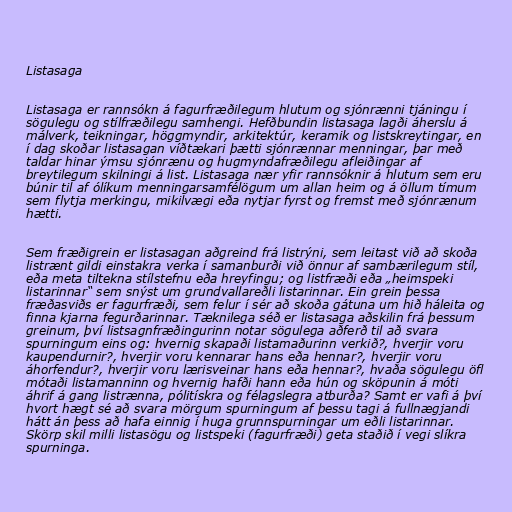
Listasaga

Listasaga er rannsókn á fagurfræðilegum hlutum og sjónrænni tjáningu í
sögulegu og stílfræðilegu samhengi. Hefðbundin listasaga lagði áherslu á
málverk, teikningar, höggmyndir, arkitektúr, keramik og listskreytingar, en
í dag skoðar listasagan víðtækari þætti sjónrænnar menningar, þar með
taldar hinar ýmsu sjónrænu og hugmyndafræðilegu afleiðingar af
breytilegum skilningi á list. Listasaga nær yfir rannsóknir á hlutum sem eru
búnir til af ólíkum menningarsamfélögum um allan heim og á öllum tímum
sem flytja merkingu, mikilvægi eða nytjar fyrst og fremst með sjónrænum
hætti.

Sem fræðigrein er listasagan aðgreind frá listrýni, sem leitast við að skoða
listrænt gildi einstakra verka í samanburði við önnur af sambærilegum stíl,
eða meta tiltekna stílstefnu eða hreyfingu; og listfræði eða „heimspeki
listarinnar“ sem snýst um grundvallareðli listarinnar. Ein grein þessa
fræðasviðs er fagurfræði, sem felur í sér að skoða gátuna um hið háleita og
finna kjarna fegurðarinnar. Tæknilega séð er listasaga aðskilin frá þessum
greinum, því listsagnfræðingurinn notar sögulega aðferð til að svara
spurningum eins og: hvernig skapaði listamaðurinn verkið?, hverjir voru
kaupendurnir?, hverjir voru kennarar hans eða hennar?, hverjir voru
áhorfendur?, hverjir voru lærisveinar hans eða hennar?, hvaða sögulegu öfl
mótaði listamanninn og hvernig hafði hann eða hún og sköpunin á móti
áhrif á gang listrænna, pólitískra og félagslegra atburða? Samt er vafi á því
hvort hægt sé að svara mörgum spurningum af þessu tagi á fullnægjandi
hátt án þess að hafa einnig í huga grunnspurningar um eðli listarinnar.
Skörp skil milli listasögu og listspeki (fagurfræði) geta staðið í vegi slíkra
spurninga.